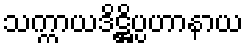
သက္ကာယဒိဋ္ဌိပ္ပဟာနာယ